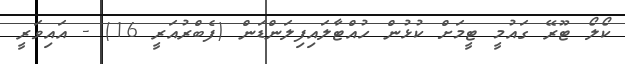
ކޯލޯ ޓޫރޭ ގައުމީ ޓީމަށް ކުޅުން ހުއްޓާލައިފިލަންޑަން (ފެބްރުއަރީ 16) - އައިވަރީ